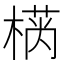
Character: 𱤂